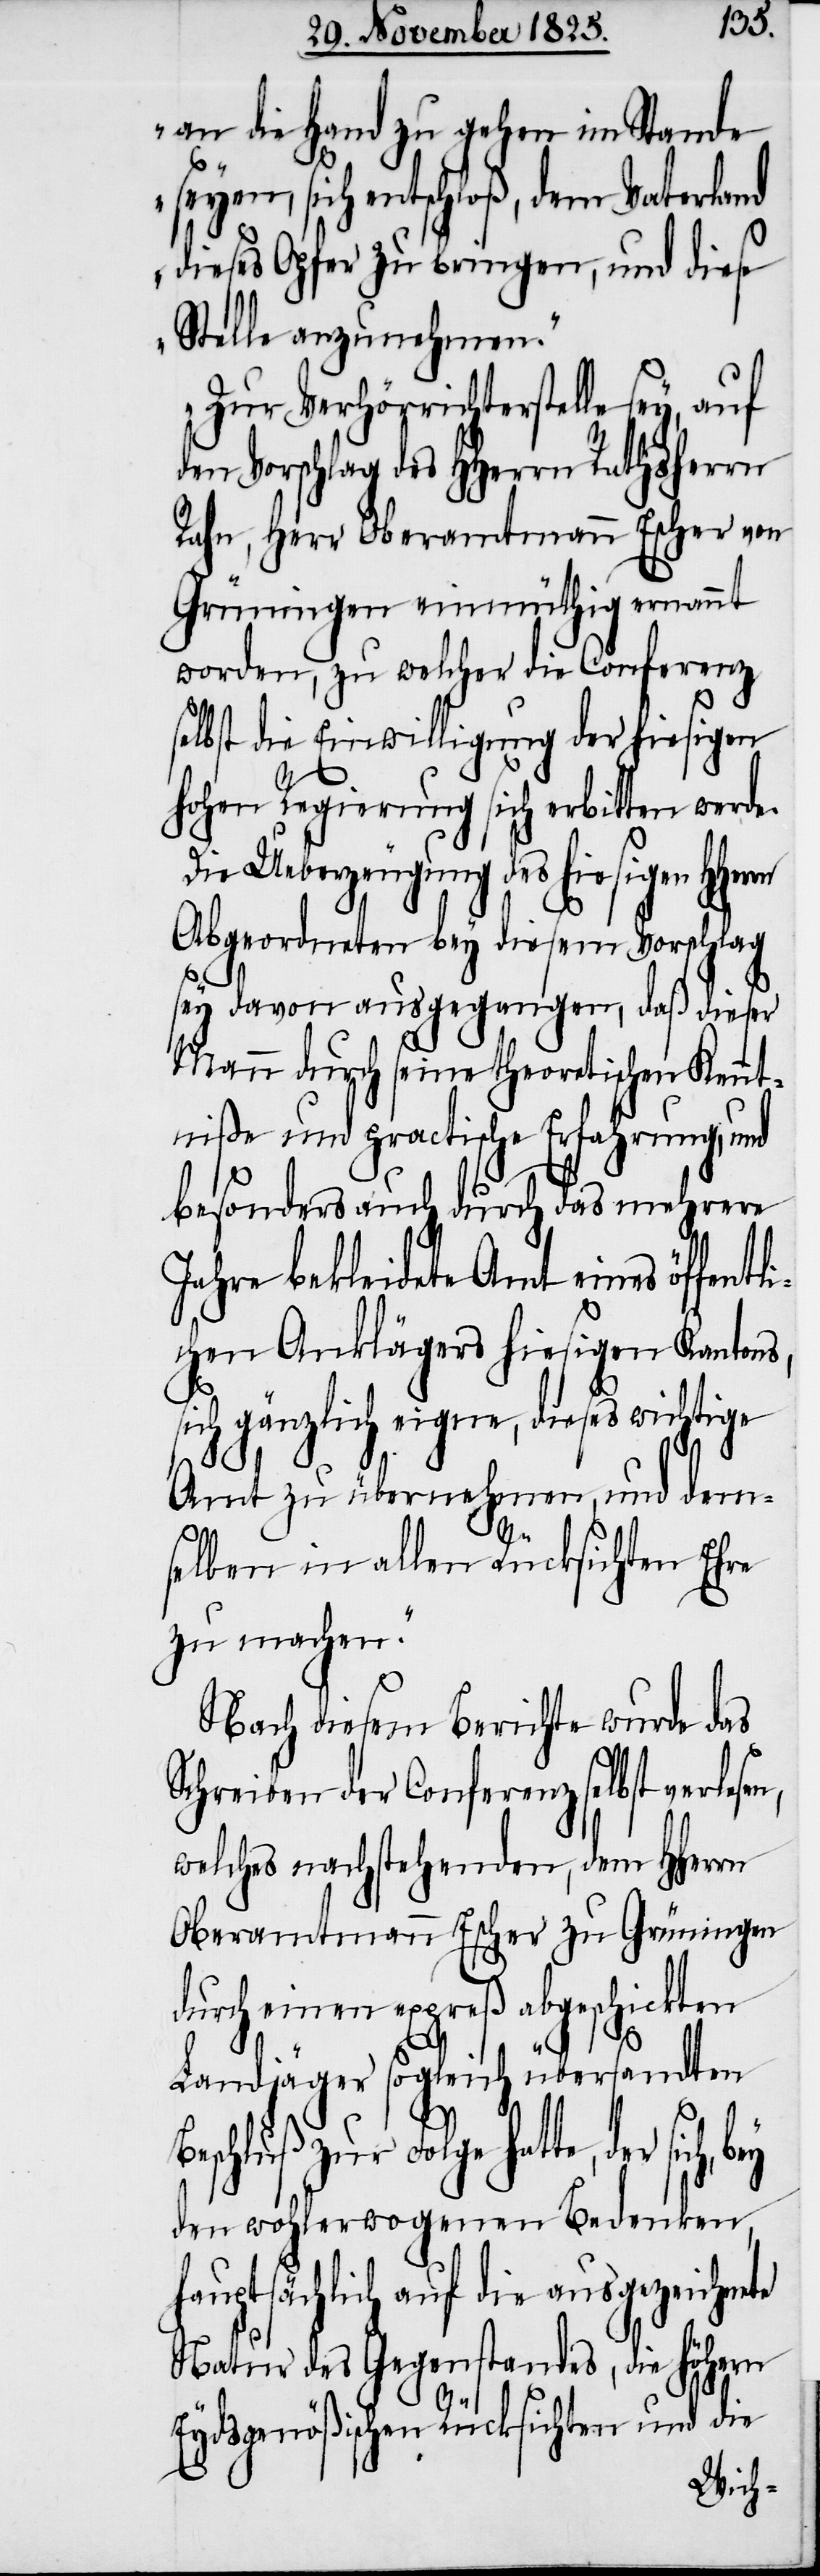
an die Hand zu gehen im Stande
seyen, sich entschloß, dem Vaterland
dieses Opfer zu bringen, und diese
Stelle anzunehmen.
Zur Verhörrichterstelle sey, auf
den Vorschlag des HHerrn Rathsherrn
Rahn, Herr Oberamtmann Escher von
Grüningen einmüthig ernannt
worden, zu welcher die Conferenz
selbst die Einwilligung der hiesigen
hohen Regierung sich erbitten werde.
Die Ueberzeugung des hiesigen
Abgeordneten bey diesem Vorschlag
sey davon ausgegangen, daß dieser
Mann durch seine theoretischen Kennt¬
niße und practische Erfahrung, und
besonders auch durch das mehrere
Jahre bekleidete Amt eines öffent¬
chen Anklägers hiesigen Kantons,
sich gänzlich eigne, dieses wichtige
Amt zu übernehmen, und dem¬
n,
selben in allen Rücksichten Ehre
zu machen.“
Nach diesem Berichte wurde das
Schreiben der Conferenz selbst verlese¬
welches nachstehenden, dem HHerrn
Oberamtmann Escher zu Grüningen
durch einen expreß abgeschickten
Landjäger sogleich übersandten
zur Folge hatte, der sich,
den wohlerwogenen Bedenken,
hauptsächlich auf die ausgezeichnete
Natur des Gegenstandes, die höhern
Eydsgenößischen Rücksichten und die